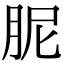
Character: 胒